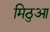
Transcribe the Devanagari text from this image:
मिठुआ